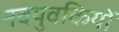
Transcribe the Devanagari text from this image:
नवयुवकियों